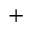
^ { + }